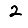
Digit: 2